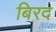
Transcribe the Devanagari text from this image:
बिरद